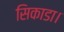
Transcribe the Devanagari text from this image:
सिकाडा।